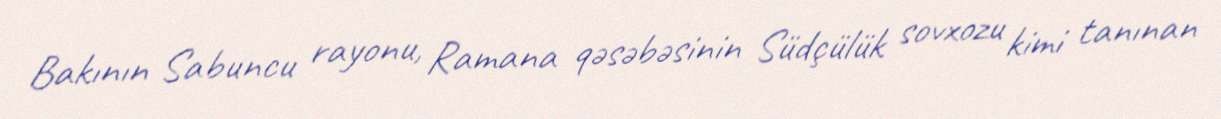
Bakının Sabuncu rayonu, Ramana qəsəbəsinin Südçülük sovxozu kimi tanınan